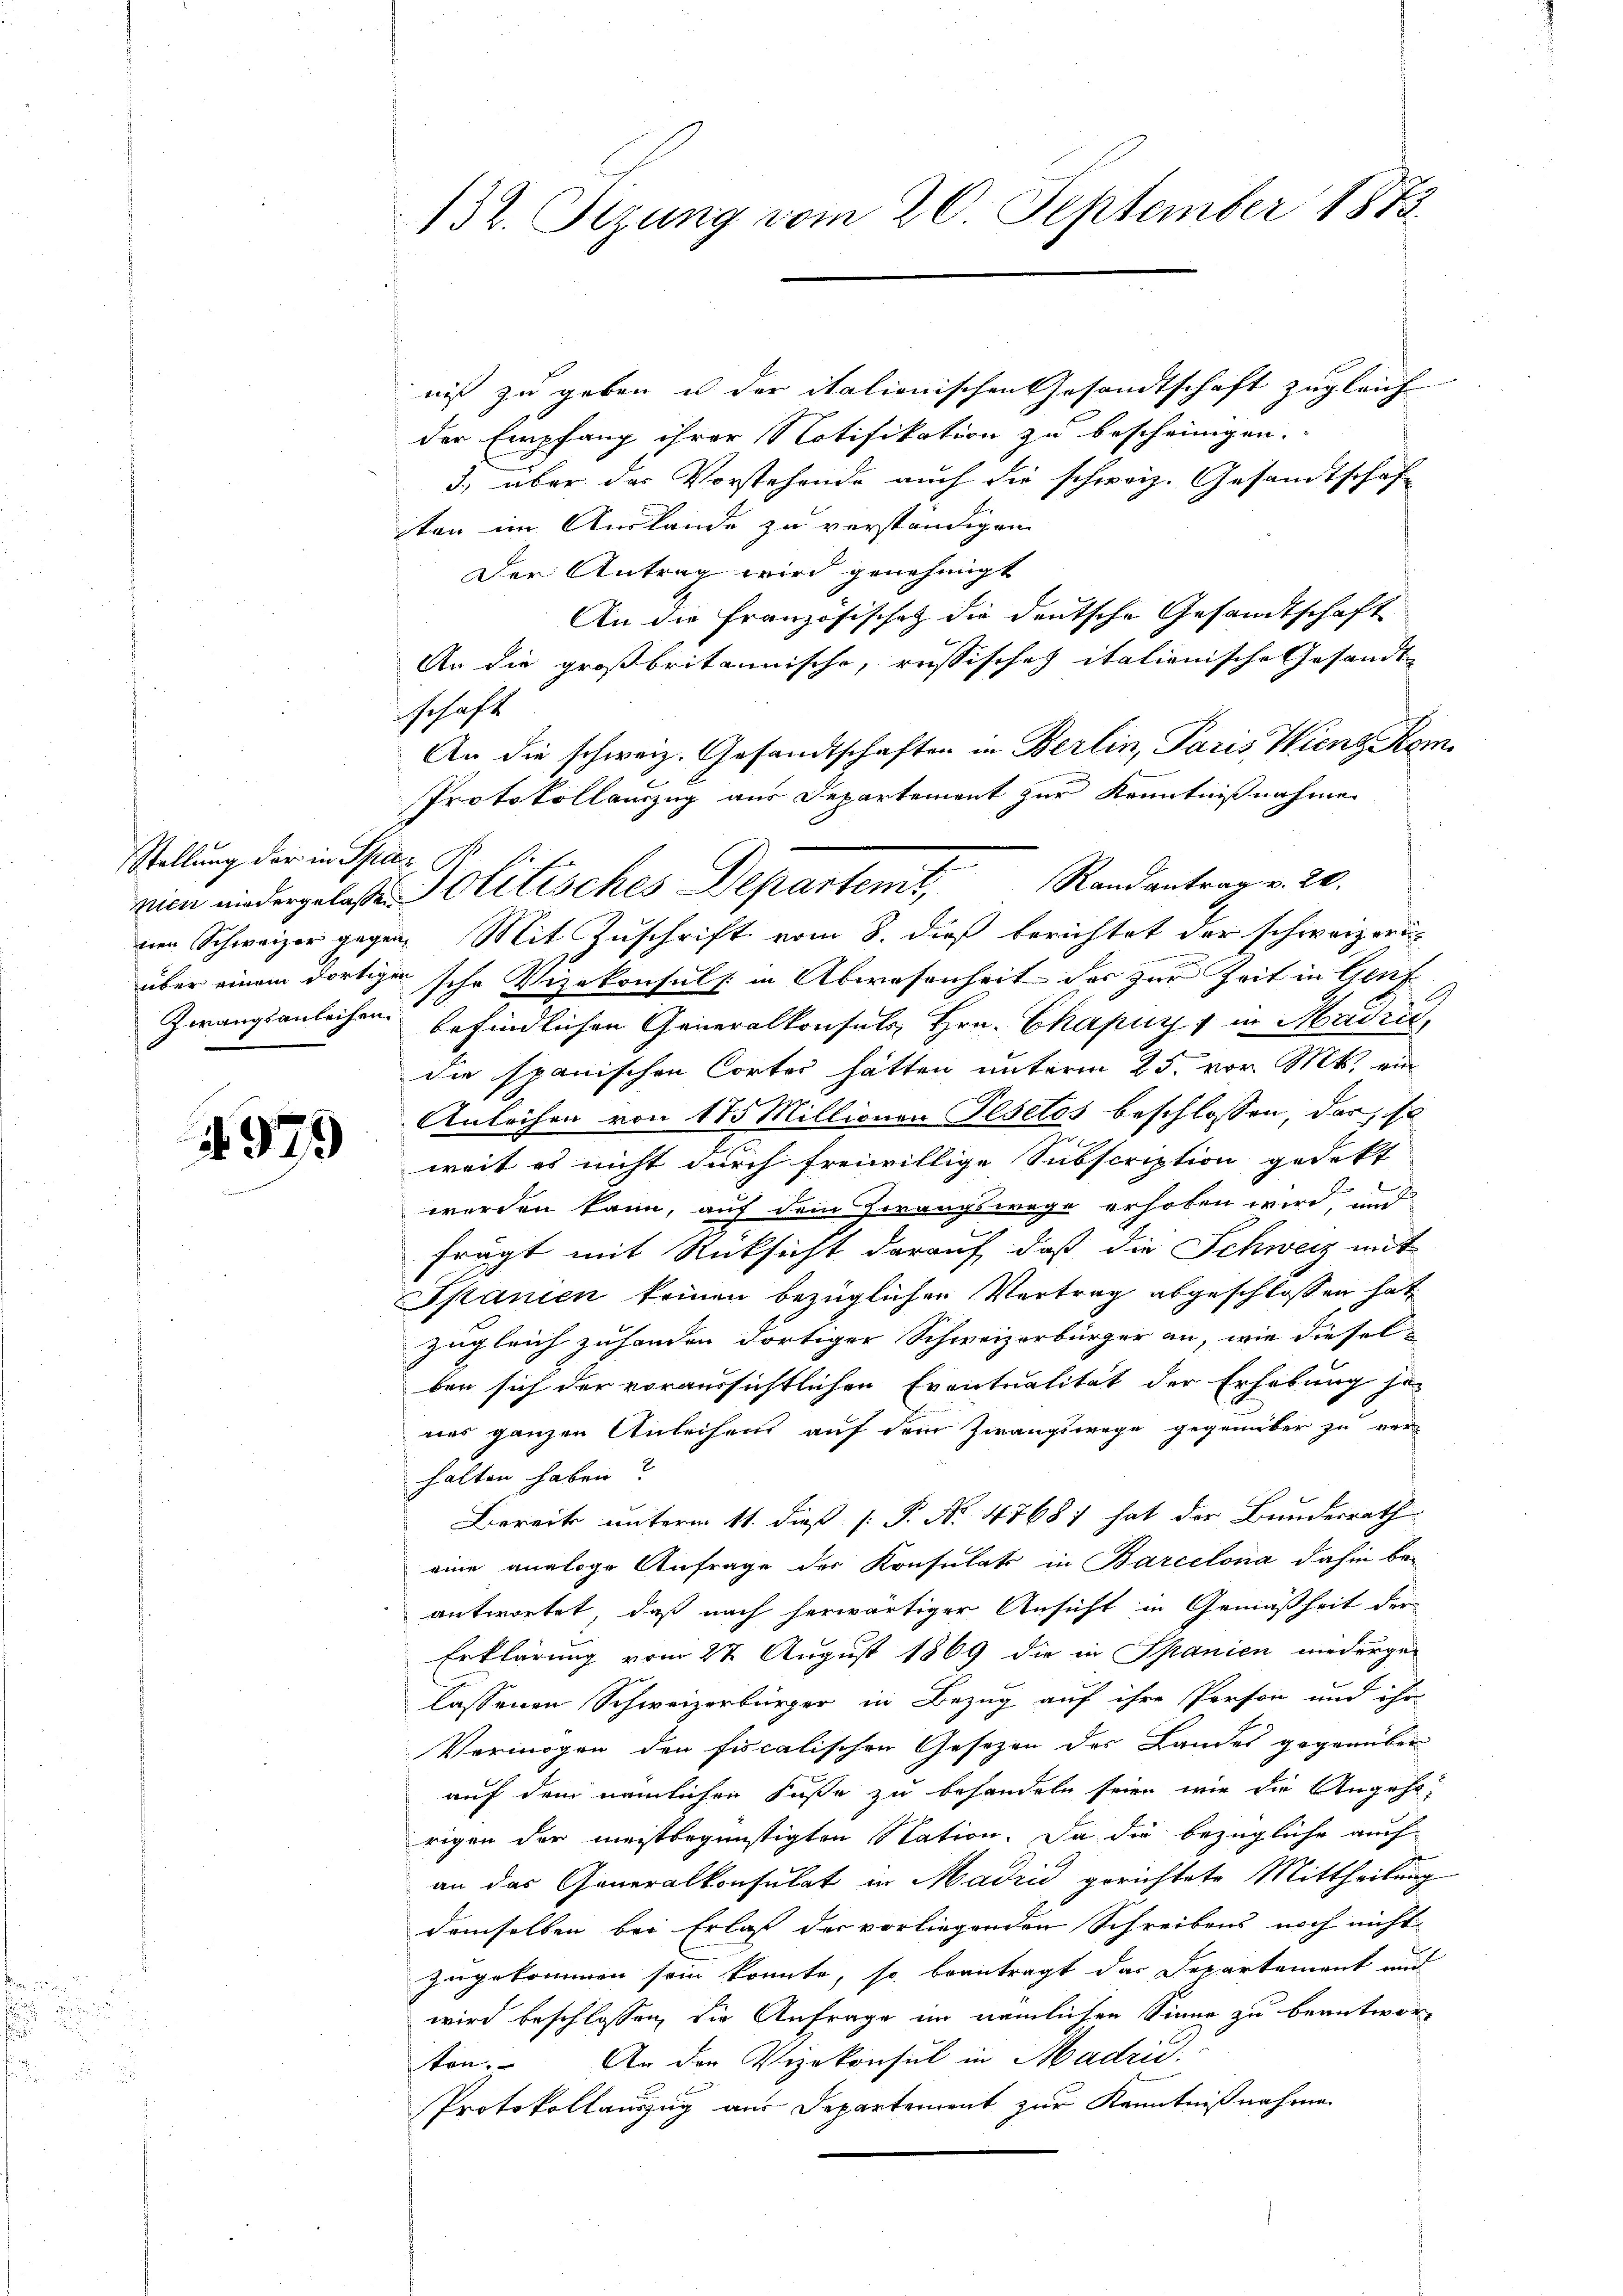
Stellung der in Spaz

4979

132. Sizung vom 20. September 1873.

niß zu geben u der italienischen Gesandtschaft zugleich |
der Empfang ihrer Notifikation zu bescheinigen.
3., über das Vorstehende auch die schweiz. Gesamtschaf
iten im Auslande zu verständigen
Der Antrag wird genehmigt
An die Französischek die deutsche Gesandtschaft
An die großbritannische, russischeh italienische Gesandt-
schaft
An die schweiz. Gesandtschaften in Berlin, Paris Wieng Kom
Protokollauszug aus Departement zur Kenntnißnahme
nen Schweizer gegen. Mit Zuschrift vom 8. dieß berichtet der schweizern
über einem dortiger sche Vizekonsuls in Abwesenheit der zur Zeit in Genf
Zwangsanleihen befindlichen Generalkonsuls Hrn. Chapuy 1 in Marie,
die spanischen Corter hätten unterm 25. vor. Mts. ein
Anleihen von 175 Millionen Plsetos beschlossen, dar, so

weit es nicht durch freiwillige Subscription gedekt
werden kann, auf dem Zwangswege erhoben wird, und
frägt mit Rücksicht darauf, daß die Schweiz mit
Spanien keinen bezüglichen Vertrag abgeschlossen hat,
zugleich zuhanden dortiger Schweizerbürger an, wie dieselben sich der voraussichtlichen Eventualität der Erhebung je
nes ganzen Anleihens auf dem Zwangswege gegenüber zu ver-
halten haben?
Bereits unterm 11. dieß [ P. No. 47681 hat der Bundesrath
eine analoge Anfrage der Konsulats in Barcelona dahin beantwortet, daß nach herwärtiger Ansicht in Gemäßheit der
Erklärung vom 27. August 1869 die in Spanien niederge-
lassenen Schweizerbürger in Bezug auf ihre Person und ihr
Vermögen den fiscalischen Gesezen der Landes gegenüber
auf dem nämlichen Fuße zu behandeln seien, wie die Angehe,
rigen der meistbegünstigten Station. Da die bezügliche auch
an das Generalkonsulat in Madrid gerichtete Mittheilung
demselben bei Erlaß der vorliegenden Schreibens noch nicht
zugekommen sein konnte, so beantragt das Departement und
wird beschlossen, die Anfrage im nämlichen Sinne zu beantwor-
ton. An den Vizekonsul in Madrid.
Protokollauszug aus Departement zur Kenntnißnahme

nien niedergelasten Politisches Departent, Randantrag v. 20.